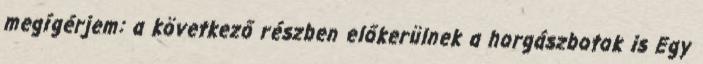
megígérjem: a következő részben előkerülnek a horgászbotok is Egy